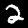
Digit: 2